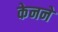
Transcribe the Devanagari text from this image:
केनने